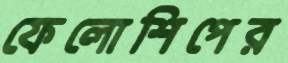
ফেলোশিপের